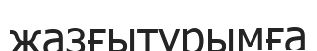
жазғытұрымға